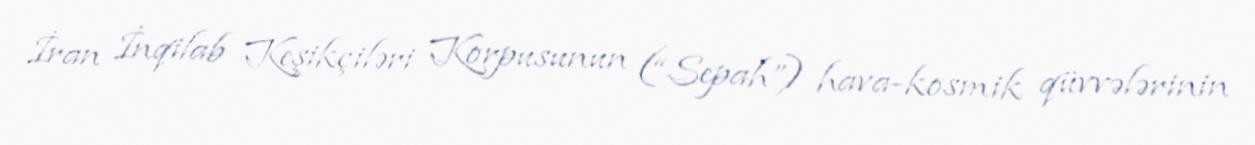
İran İnqilab Keşikçiləri Korpusunun (“Sepah”) hava-kosmik qüvvələrinin